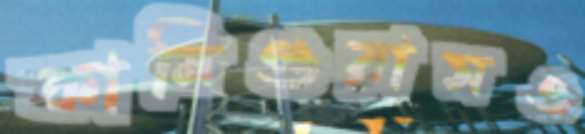
কানিগুরামও